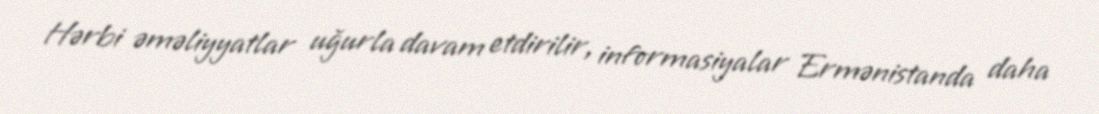
Hərbi əməliyyatlar uğurla davam etdirilir, informasiyalar Ermənistanda daha